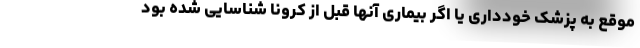
موقع به پزشک خودداری یا اگر بیماری آنها قبل از کرونا شناسایی شده بود